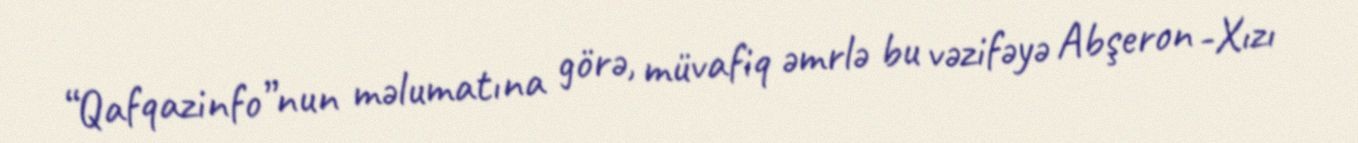
“Qafqazinfo”nun məlumatına görə, müvafiq əmrlə bu vəzifəyə Abşeron -Xızı